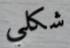
شكلي